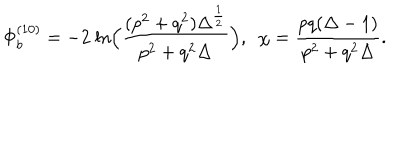
LaTeX: \Phi _ { b } ^ { ( 1 0 ) } = - 2 ~ \mathrm { l n } \Big ( { \frac { ( p ^ { 2 } + q ^ { 2 } ) \Delta ^ { \frac { 1 } { 2 } } } { p ^ { 2 } + q ^ { 2 } \Delta } } \Big ) , ~ ~ \chi = { \frac { p q ( \Delta - 1 ) } { p ^ { 2 } + q ^ { 2 } \Delta } } .